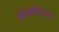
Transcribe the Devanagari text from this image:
गोत्रमालिका